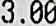
3.00